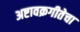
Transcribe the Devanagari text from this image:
अष्टावक्रगीतेचा